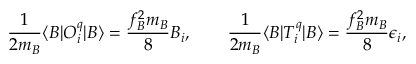
{ \frac { 1 } { 2 m _ { B } } } \langle B | O _ { i } ^ { q } | B \rangle = { \frac { f _ { B } ^ { 2 } m _ { B } } { 8 } } B _ { i } , \qquad { \frac { 1 } { 2 m _ { B } } } \langle B | T _ { i } ^ { q } | B \rangle = { \frac { f _ { B } ^ { 2 } m _ { B } } { 8 } } \epsilon _ { i } ,